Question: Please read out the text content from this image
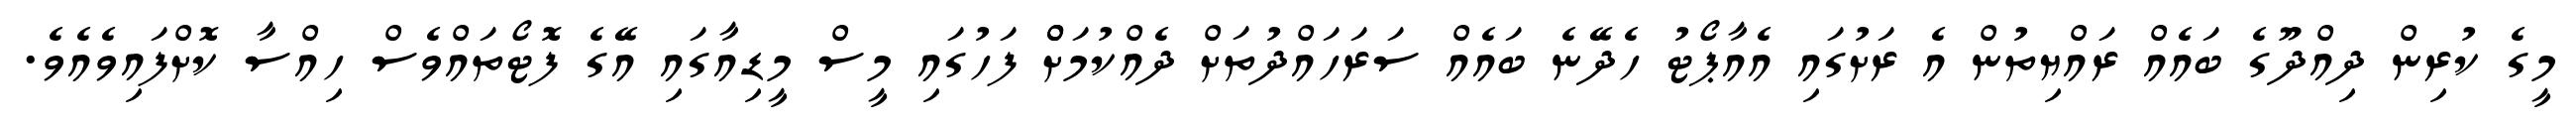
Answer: މީގެ ކުރިން ދިއްދޫގެ ބައެއް ރައްޔިތުން އެ ރަށުގައި އެއާޕޯޓު ހެދޭނެ ބައެއް ސަރަހައްދުތަށް ދެއްކުމަށްް ފަހުގައި މީސް މީޑިއާގައި އޭގެ ފޮޓޯތައްވެސް ހިއްސާ ކޮށްފައިވެއެވެ.